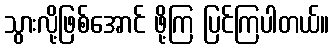
သွားလို့ဖြစ်အောင် ဖို့ကြ ပြင်ကြပါတယ်။